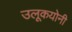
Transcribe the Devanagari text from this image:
उलूकयोनी